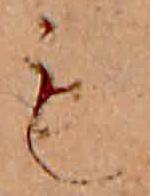
も